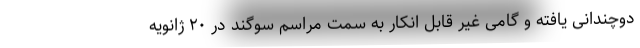
دوچندانی یافته و گامی غیر قابل انکار به سمت مراسم سوگند در ۲۰ ژانویه